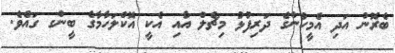
ބެރޮން އަދި އެމީހުންގެ ދަރިފުޅު މިޗެލް އާއި އެކީ އޮކްލަހާމާގެ ބީންގ ގައެވެ.